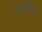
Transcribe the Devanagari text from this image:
पाटीसार